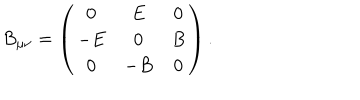
B _ { \mu \nu } = \left( \begin{array} { c c c } { { 0 } } & { { E } } & { { 0 } } \\ { { - E } } & { { 0 } } & { { B } } \\ { { 0 } } & { { - B } } & { { 0 } } \\ \end{array} \right) .